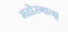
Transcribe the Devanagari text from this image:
महोरगान्।